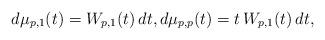
LaTeX: \begin{align*}d\mu_{p,1}(t) = W_{p,1}(t)\,dt, d\mu_{p,p}(t) = t \,W_{p,1}(t)\,dt,\end{align*}